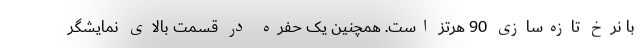
با نرخ تازه‌سازی 90 هرتز است. همچنین یک حفره در قسمت بالای نمایشگر